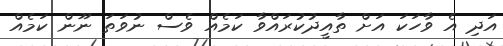
އަދި އެ ވާހަކަ އަށް ތާއީދުކުރައްވާ ކަމެއް ވެސް ނުވަތަ ނޫން ކަމެއް